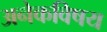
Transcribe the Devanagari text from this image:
अनेकविषय